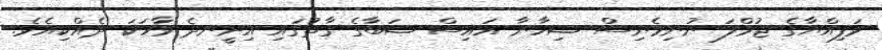
ވަފިއްޔާގެ ޖުމްލަ ނުނިމެނިސް ޝިހާނާ އައިސް ޝަބާގެ ގާތުގައި އިށީނދެ ވާހަކަ ދެއްކިއެވެ.